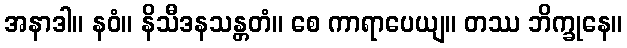
အနာဒါ။ နဝံ။ နိသီဒနသန္တတံ။ စေ ကာရာပေယျ။ တဿ ဘိက္ခုနေ။